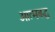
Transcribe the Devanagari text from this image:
आत्मबद्ध